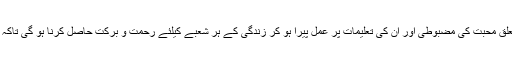
آج آقا صلی اللہ علیہ وآلہ وسلم کی ذات سے تعلق محبت کی مضبوطی اور ان کی تعلیمات پر عمل پیرا ہو کر زندگی کے ہر شعبے کیلئے رحمت و برکت حاصل کرنا ہو گی تاکہ پوری دنیا امن و سلامتی کا گہوارہ بن سکے۔